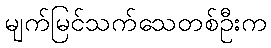
မျက်မြင်သက်သေတစ်ဦးက